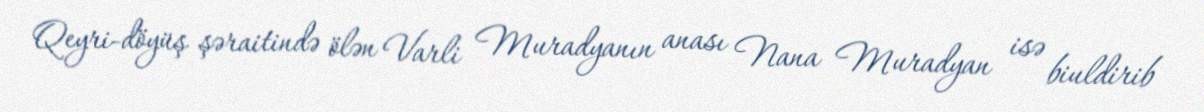
Qeyri-döyüş şəraitində ölən Varli Muradyanın anası Nana Muradyan isə biuldirib